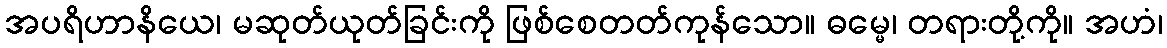
အပရိဟာနိယေ၊ မဆုတ်ယုတ်ခြင်းကို ဖြစ်စေတတ်ကုန်သော။ ဓမ္မေ၊ တရားတို့ကို။ အဟံ၊